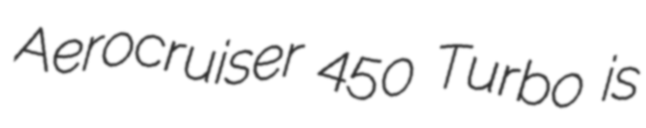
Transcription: Aerocruiser 450 Turbo is